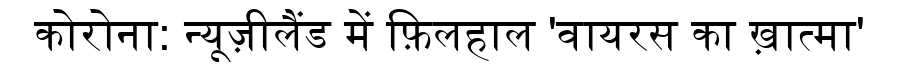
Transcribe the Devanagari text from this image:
कोरोना: न्यूज़ीलैंड में फ़िलहाल 'वायरस का ख़ात्मा'